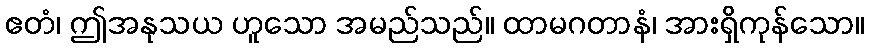
ဧတံ၊ ဤအနုသယ ဟူသော အမည်သည်။ ထာမဂတာနံ၊ အားရှိကုန်သော။